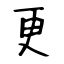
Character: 更